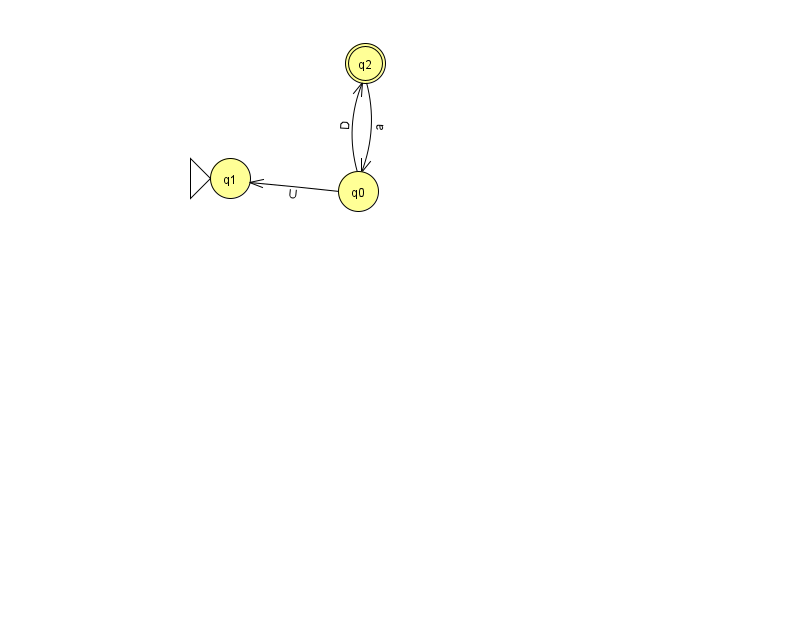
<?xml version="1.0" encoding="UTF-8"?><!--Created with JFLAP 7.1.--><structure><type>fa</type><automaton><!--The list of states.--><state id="0" name="q0"><x>358.0</x><y>178.0</y></state><state id="1" name="q1"><x>230.0</x><y>165.0</y><initial/></state><state id="2" name="q2"><x>365.0</x><y>50.0</y><final/></state><!--The list of transitions.--><transition><from>2</from><to>0</to><read>a</read></transition><transition><from>0</from><to>2</to><read>D</read></transition><transition><from>0</from><to>1</to><read>U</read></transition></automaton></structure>